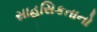
સાહસિકતાનો